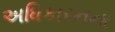
અધિકારનના